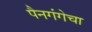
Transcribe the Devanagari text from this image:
पैनगंगेचा